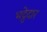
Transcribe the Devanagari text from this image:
भट्ठेदार